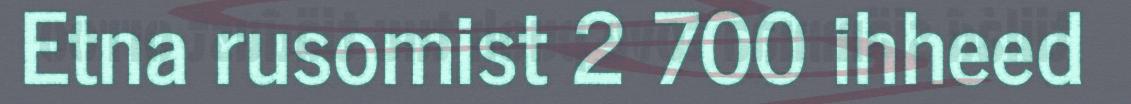
Etna rusomist 2 700 ihheed